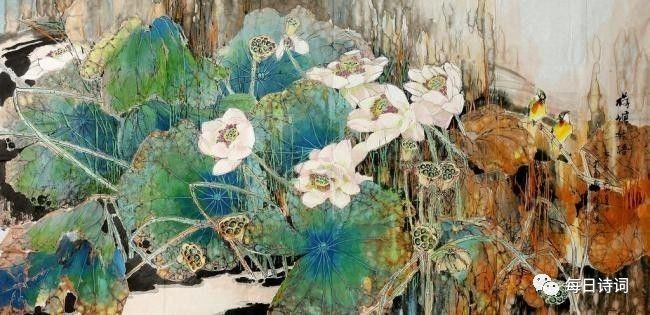
雨过月华生，冷彻鸳鸯浦。